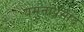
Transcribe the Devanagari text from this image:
यमुनाप्रसाद